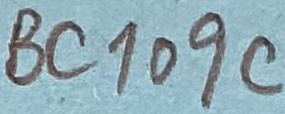
Text: BC109C